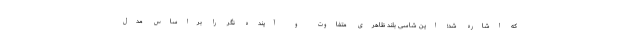
که اشاره شد؛ این شاسی بلند ظاهری متفاوت و آینده نگر را براساس مدل